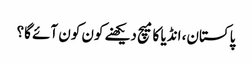
پاکستان، انڈیا کا میچ دیکھنے کون کون آئے گا؟